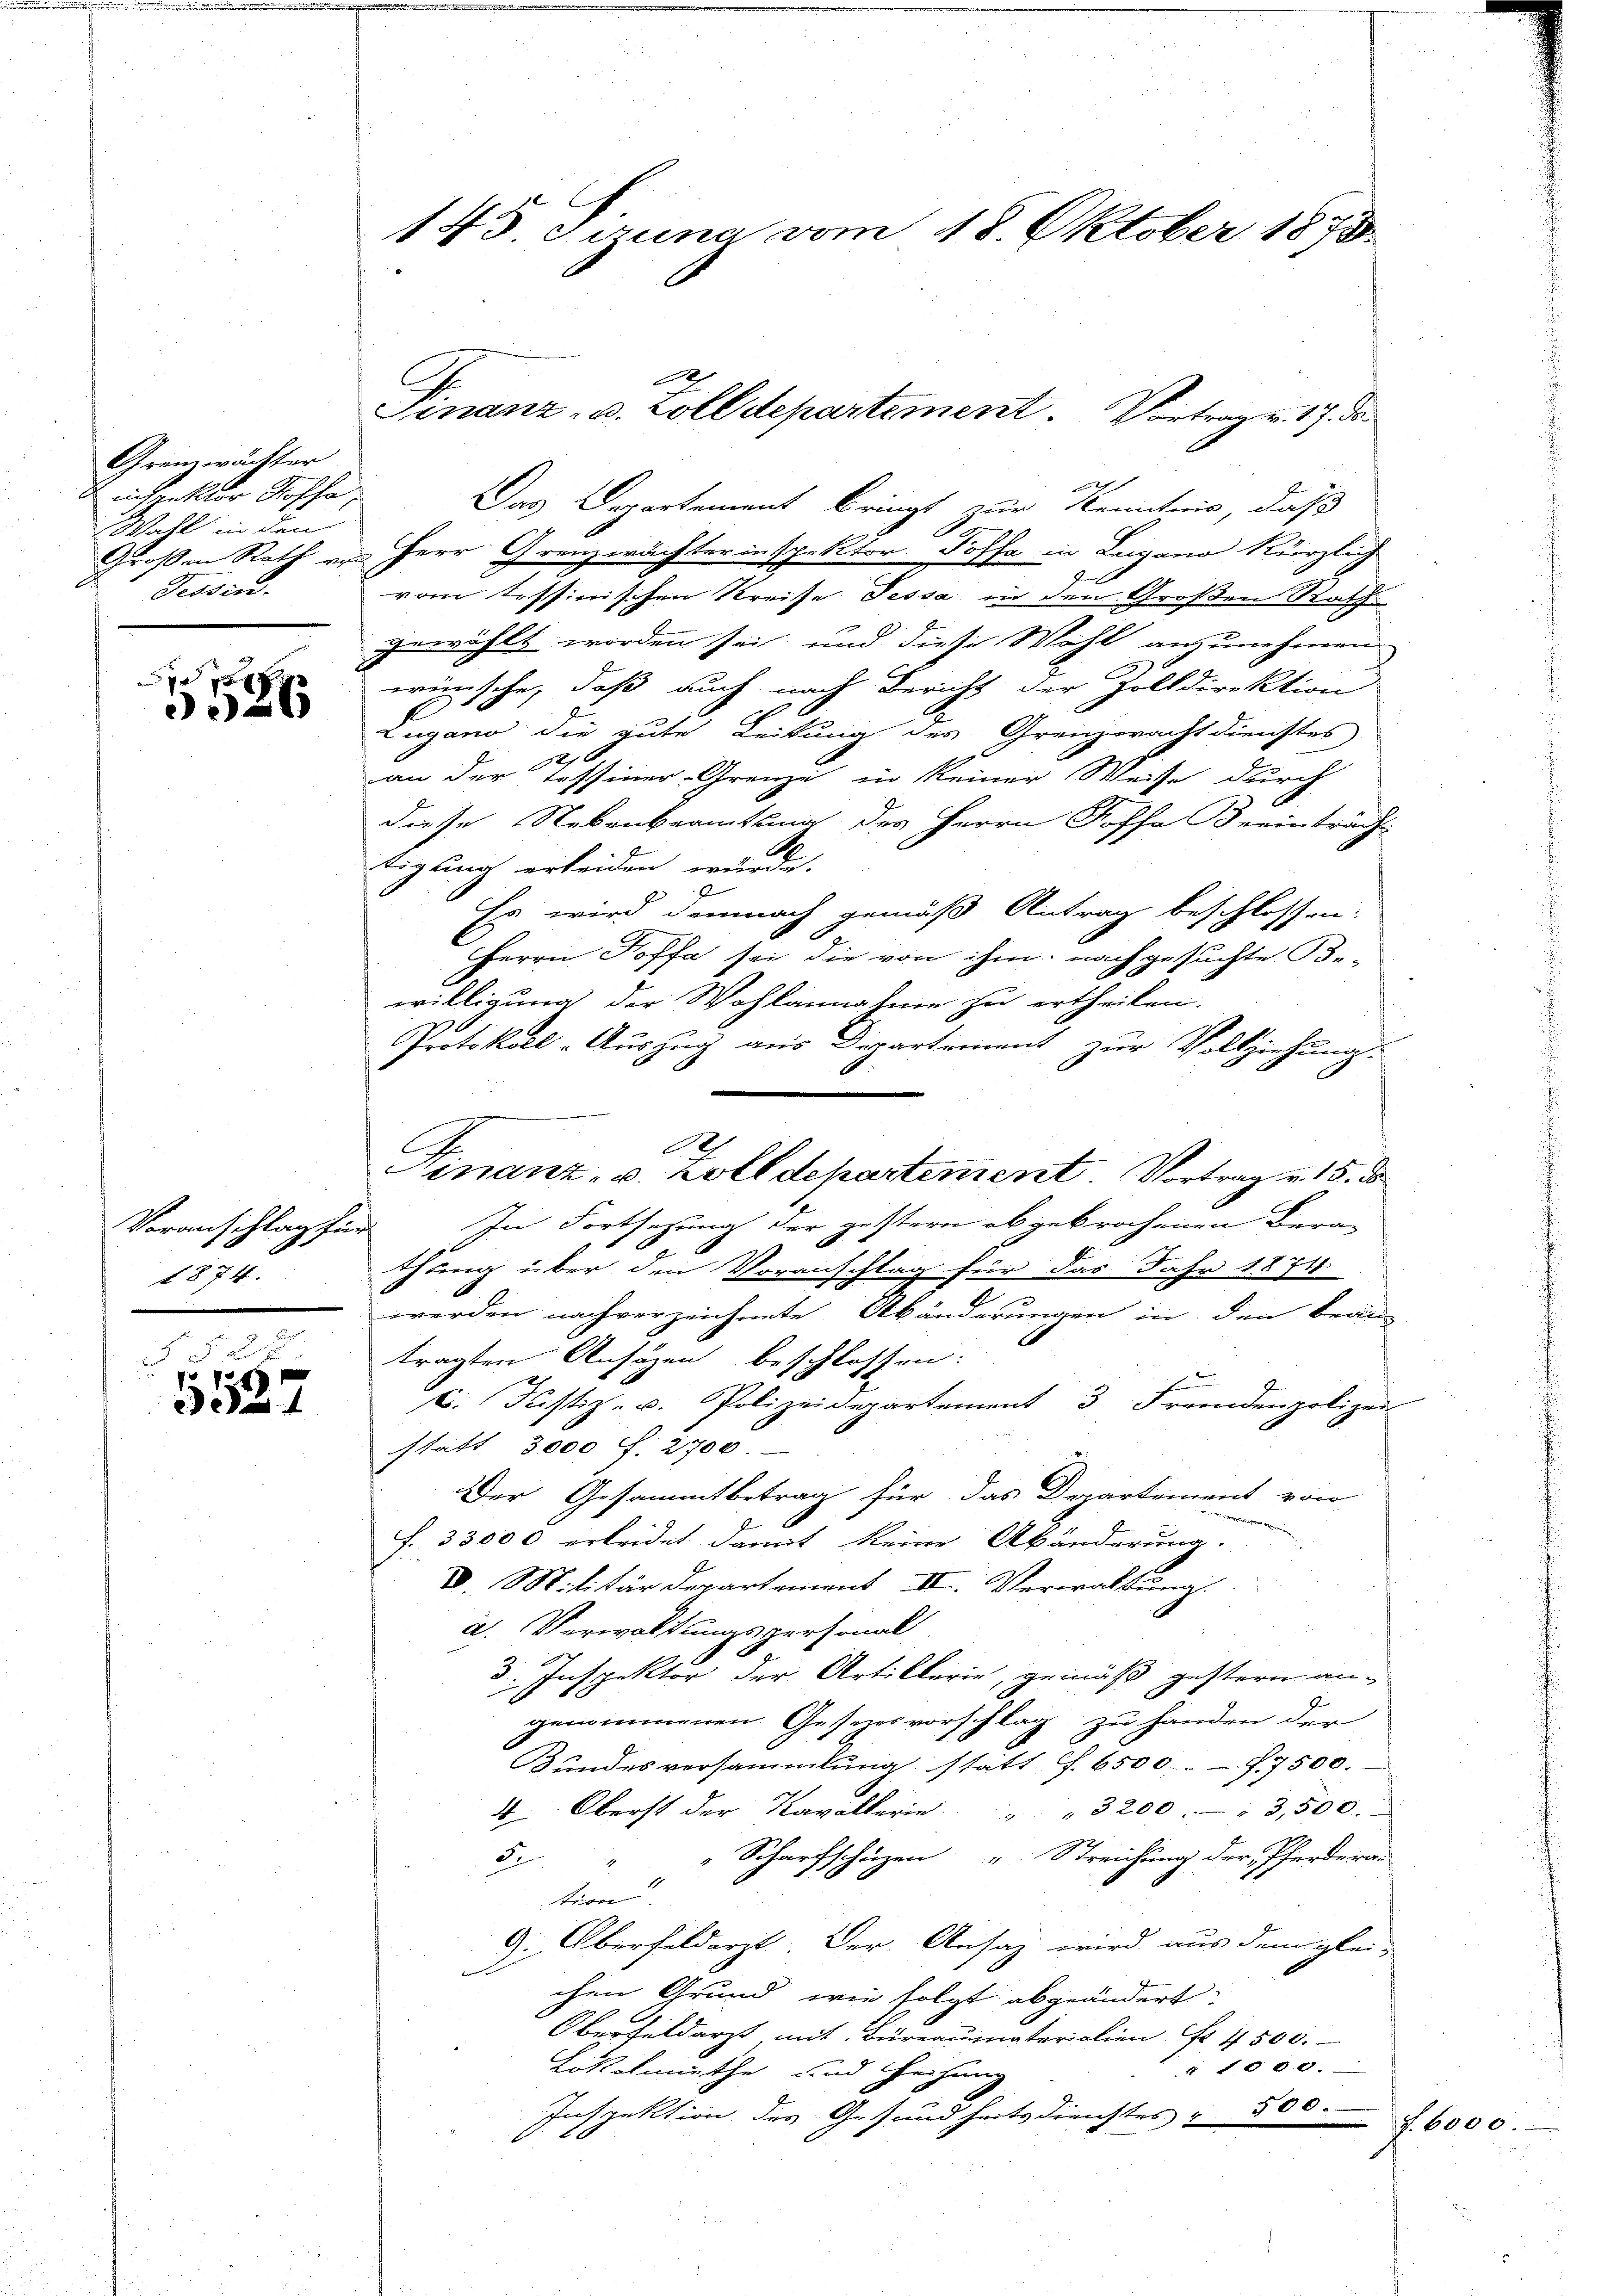
Grenzwächter
inspektor Koffe,
Wahl in den
Tessin.

r
6

Voranschlag für
1874.

§ 52 x
p
3527

145. Girung vom 18. Oktober 1873.

2
Das Departement bringt zur Kenntnis, daß
Großen Rath von Herr Grenzwachterinspektor Poffe in Lugano kürzlich
J
vom Tessinischen Kreise Tessa in den Großen Rath
gewählt worden sei, und diese Wahl anzunehmen
wünsche, daß auch nach Bericht der Zolldirektion
Lugano die gute Leitung des Grenzwacht dienstes
an der Tessiner-Grenzi in keiner Weise durch
diese Nebenbeamtung des Herrn Koffe Breinträch
t
tigung erleiden würde.
Es wird demnach gemäß Antrag beschlossen:
Herrn Toffa sei die von ihm nachgesuchte Be-
willigung der Wahlannahme zu ertheilen.
Protokoll-Auszug aus Departement zur Vollziehung.
In Fortsezung der gestern abgebrochenen Berathung über den Voranschlag für das Jahr 1874
werden nach verzeichnete Abänderungen in den bean-
tragten Ansäzen beschlossen:
E
6. Justiz- u. Polizeidepartement 3 Fremdenpolizei
statt 3000 f. 2700.
Der Gesammtbetrag für das Departement von
Pommen
f. 33000 erleidet damit keine Abänderung.
V. Militärdepartement II. Verwaltung.
a. Verwaltungspersonal
3. Inspektor der Artillerie, gemäß gestern an-
genommenen Gesezesvorschlag zu handen der
ŭndesversammlung statt f. 6500 f. 7500.
4 Oberst der Kavallerin " " 3200. " 3,500.
" Scharfschüzen u. Streichung der Pferderau
57
tion
9. Oberfeldarzt. Der Ansag wird aus dem glei-
chen Grund wie folgt abgeändert:
Oberfeldarzt mit Büreaumaterialien Nr. 4500.
1 1000.
Lokelmiethe und Zeichung
Inspektion des Gesundheitsdienstes " 500.

Finanz v. Zolldepartement. Vortrag v. 17. ds.

C

F
Finanz- u. Zolldepartement. Vortrag v. 15. d

f. 6000.